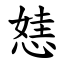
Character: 㥨